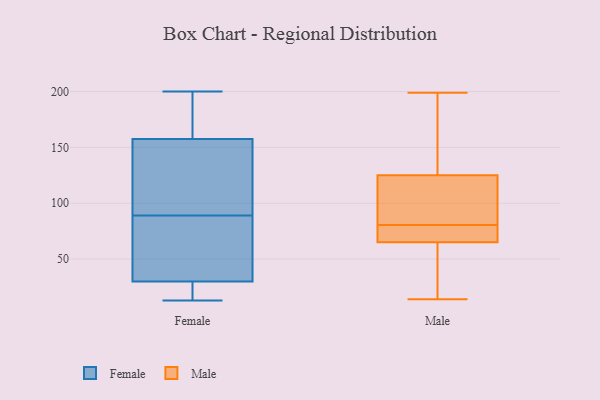
{"axis": {"x": "Budget (USD K)", "y": "Value"}, "legend": ["Female", "Male"], "data": [{"x": "", "y": 103, "type": "Female"}, {"x": "", "y": 33, "type": "Female"}, {"x": "", "y": 19, "type": "Female"}, {"x": "", "y": 154, "type": "Female"}, {"x": "", "y": 200, "type": "Female"}, {"x": "", "y": 119, "type": "Female"}, {"x": "", "y": 70, "type": "Female"}, {"x": "", "y": 13, "type": "Female"}, {"x": "", "y": 174, "type": "Female"}, {"x": "", "y": 68, "type": "Female"}, {"x": "", "y": 27, "type": "Female"}, {"x": "", "y": 157, "type": "Female"}, {"x": "", "y": 141, "type": "Female"}, {"x": "", "y": 67, "type": "Female"}, {"x": "", "y": 13, "type": "Female"}, {"x": "", "y": 19, "type": "Female"}, {"x": "", "y": 178, "type": "Female"}, {"x": "", "y": 158, "type": "Female"}, {"x": "", "y": 75, "type": "Female"}, {"x": "", "y": 161, "type": "Female"}, {"x": "", "y": 81, "type": "Male"}, {"x": "", "y": 62, "type": "Male"}, {"x": "", "y": 199, "type": "Male"}, {"x": "", "y": 158, "type": "Male"}, {"x": "", "y": 65, "type": "Male"}, {"x": "", "y": 14, "type": "Male"}, {"x": "", "y": 70, "type": "Male"}, {"x": "", "y": 91, "type": "Male"}, {"x": "", "y": 125, "type": "Male"}, {"x": "", "y": 80, "type": "Male"}]}